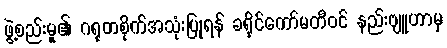
ဖွဲ့စည်းမှု၏ ဂရုတစိုက်အသုံးပြုရန် ခရိုင်ကော်မတီဝင် နည်းဗျူဟာမှ